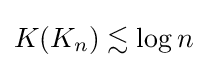
K(K_{n})\lesssim \log n